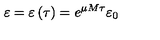
\varepsilon = \varepsilon \left( \tau \right) = e ^ { \mu M \tau } \varepsilon _ { 0 }